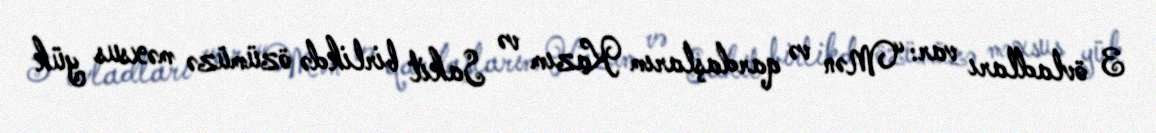
3 övladları var: “Mən və qardaşlarım Kazım və Sakit birlikdə özümüzə məxsus yük